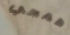
همجي